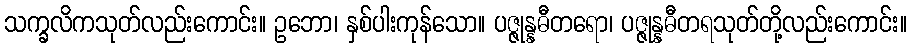
သက္ခလိကသုတ်လည်းကောင်း။ ဥဘော၊ နှစ်ပါးကုန်သော။ ပဇ္ဇုန္နဓီတရော၊ ပဇ္ဇုန္နဓီတရသုတ်တို့လည်းကောင်း။